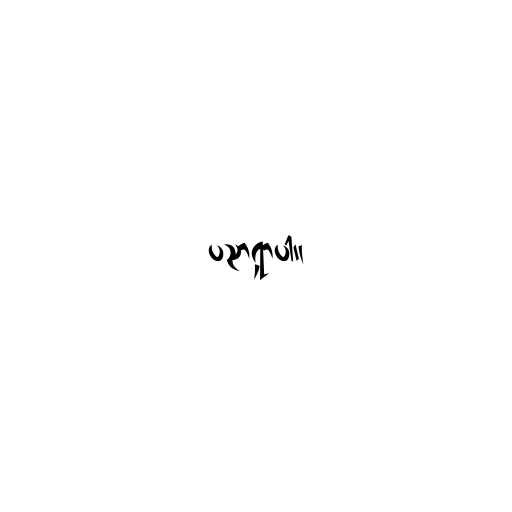
ပညာရှာပါ။